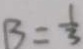
B = \frac { 1 } { 3 }